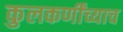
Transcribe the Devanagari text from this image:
कुलकर्णींच्याच